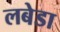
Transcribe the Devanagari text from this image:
लबेडा